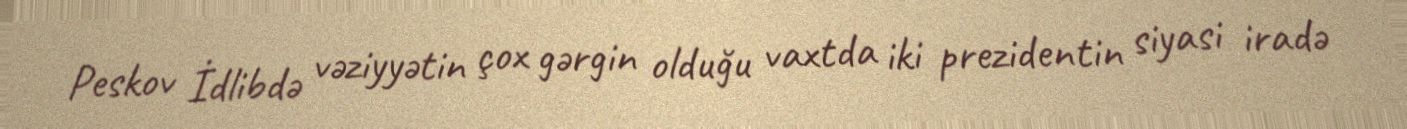
Peskov İdlibdə vəziyyətin çox gərgin olduğu vaxtda iki prezidentin siyasi iradə